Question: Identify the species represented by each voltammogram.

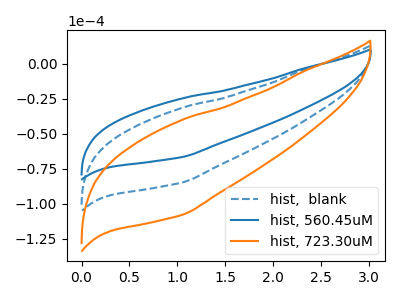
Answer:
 <answer>The blue dashed curve is labeled "hist,  blank". The blue curve is labeled "hist, 560.45uM". The orange curve is labeled "hist, 723.30uM".</answer>
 <eval></eval>